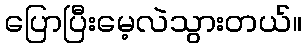
ပြောပြီးမေ့လဲသွားတယ်။